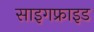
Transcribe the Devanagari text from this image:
साइगफ्राइड